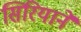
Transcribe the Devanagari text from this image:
सिरियाने